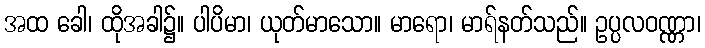
အထ ခေါ၊ ထိုအခါ၌။ ပါပိမာ၊ ယုတ်မာသော။ မာရော၊ မာရ်နတ်သည်။ ဥပ္ပလဝဏ္ဏာ၊